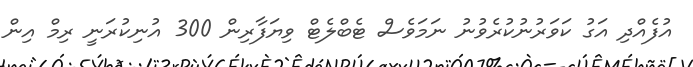
އުފެއްދި އަގު ކަވަރުނުކުރެވުނު ނަމަވެސް ޓެބްލެޓް ވިޔަފާރިން 300 އުނިކުރަނީ ރިމް އިން